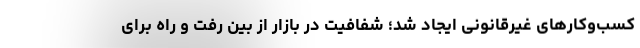
کسب‌وکارهای غیرقانونی ایجاد شد؛ شفافیت در بازار از بین رفت و راه برای